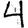
Digit: 4